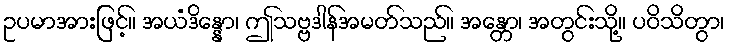
ဥပမာအားဖြင့်။ အယံဒိန္နော၊ ဤသဗ္ဗဒါန်အမတ်သည်။ အန္တော၊ အတွင်းသို့။ ပဝိသိတွာ၊